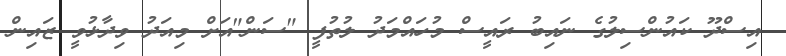
އިސްދޫ ކައުންސިލުގެ ނައިބު ރައީސް މުހައްމަދު ލުތުފީ "ސަން"އަށް މިއަދު ވިދާޅުވީ ޒައިން